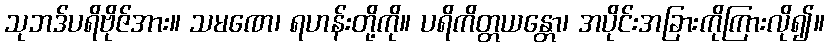
သုဘဒ်ပရိဗိုဇ်အား။ သမဏေ၊ ရဟန်းတို့ကို။ ပရိကိတ္တယန္တော၊ အပိုင်းအခြားကိုကြားလို၍။